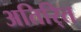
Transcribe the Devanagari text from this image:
अतिरि्‍त